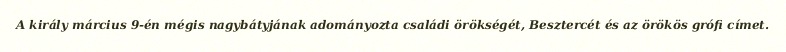
A király március 9-én mégis nagybátyjának adományozta családi örökségét, Besztercét és az örökös grófi címet.